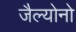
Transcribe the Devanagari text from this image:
जैल्योनो